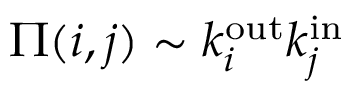
\Pi ( i , j ) \sim k _ { i } ^ { \mathrm { o u t } } k _ { j } ^ { \mathrm { i n } }